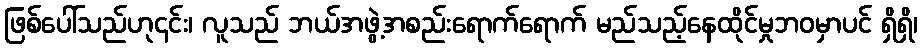
ဖြစ်ပေါ်သည်ဟု၎င်း၊ လူသည် ဘယ်အဖွဲ့အစည်းရောက်ရောက် မည်သည့်နေထိုင်မှုဘဝမှာပင် ရှိရှိ၊